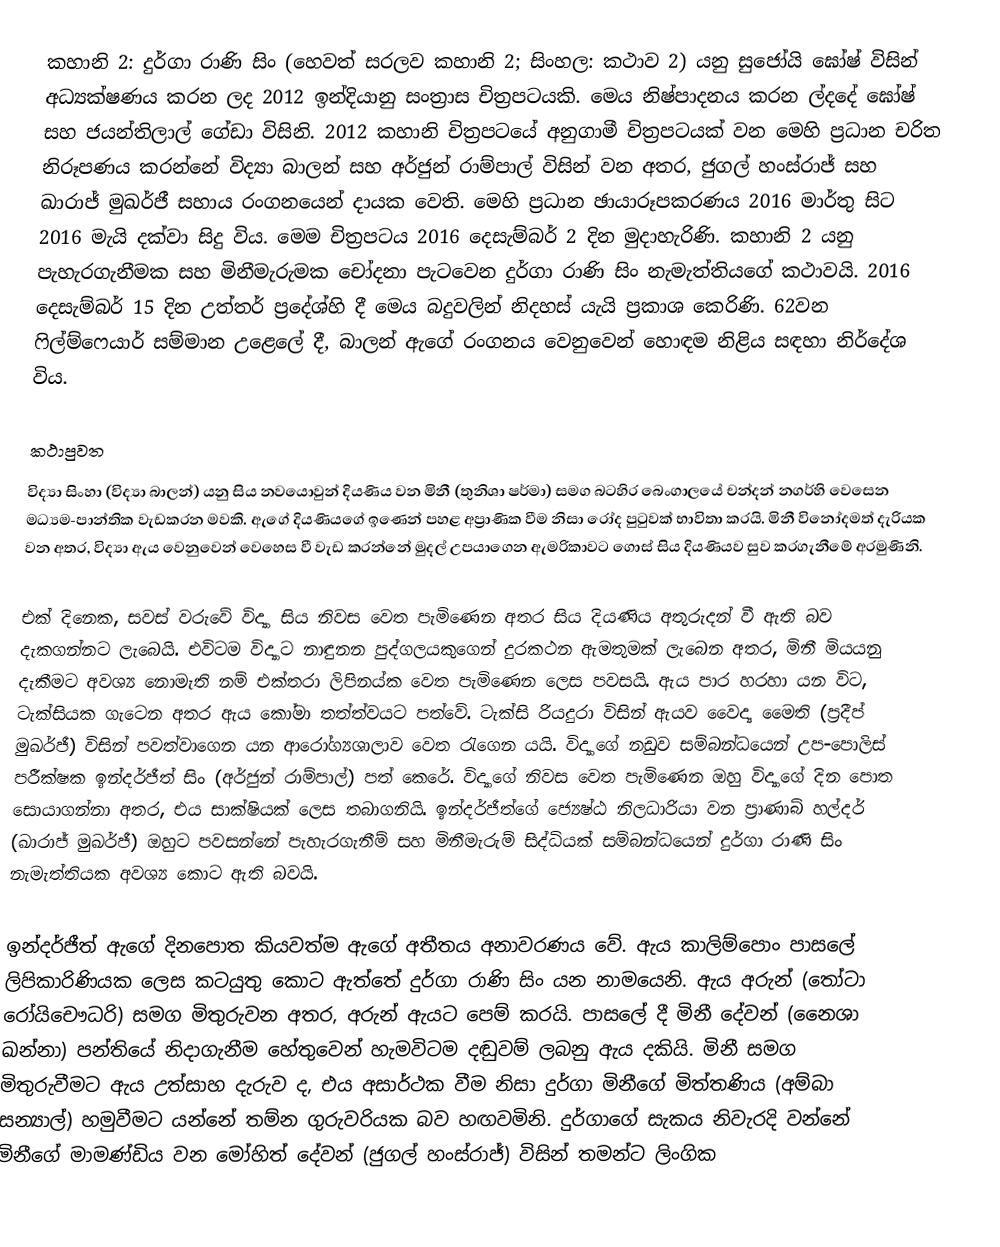
කහානි 2: දුර්ගා රාණි සිං (හෙවත් සරලව කහානි 2; සිංහල: කථාව 2) යනු සුජෝයි ඝෝෂ් විසින් අධ්‍යක්ෂණය කරන ලද 2012 ඉන්දියානු සංත්‍රාස චිත්‍රපටයකි. මෙය නිෂ්පාදනය කරන ල්දදේ ඝෝෂ් සහ ජයන්තිලාල් ගේඩා විසිනි. 2012 කහානි චිත්‍රපටයේ අනුගාමී චිත්‍රපටයක් වන මෙහි ප්‍රධාන චරිත නිරූපණය කරන්නේ විද්‍යා බාලන් සහ අර්ජුන් රාම්පාල් විසින් වන අතර, ජුගල් හංස්රාජ් සහ ඛාරාජ් මුඛර්ජී සහාය රංගනයෙන් දායක වෙති. මෙහි ප්‍රධාන ඡායාරූපකරණය 2016 මාර්තු සිට 2016 මැයි දක්වා සිදු විය. මෙම චිත්‍රපටය 2016 දෙසැම්බර් 2 දින මුදාහැරිණි. කහානි 2 යනු පැහැරගැනීමක සහ මිනීමැරුමක චෝදනා පැටවෙන දුර්ගා රාණි සිං නැමැත්තියගේ කථාවයි‍. 2016 දෙසැම්බර් 15 දින උත්තර් ප්‍රදේශ්හි දී මෙය බදුවලින් නිදහස් යැයි ප්‍රකාශ කෙරිණි. 62වන ෆිල්ම්ෆෙයාර් සම්මාන උළෙලේ දී, බාලන් ඇගේ රංගනය වෙනුවෙන් හොඳම නිළිය සඳහා නිර්දේශ විය.

කථාපුවත
විද්‍යා සිංහා (විද්‍යා බාලන්) යනු සිය නවයොවුන් දියණිය වන මිනී (තුනිශා ෂර්මා) සමග බටහිර බෙංගාලයේ චන්දන් නගර්හි වෙසෙන මධ්‍යම-පාන්තික වැඩකරන මවකි. ඇගේ දියණියගේ ඉණෙන් පහළ අප්‍රාණික වීම නිසා රෝද පුටුවක් භාවිතා කරයි. මිනී විනෝදමත් දැරියක වන අතර, විද්‍යා ඇය වෙනුවෙන් වෙහෙස වී වැඩ කරන්නේ මුදල් උපයාගෙන ඇමරිකාවට ගොස් සිය දියණියව සුව කරගැනීමේ අරමුණිනි.

එක් දිනෙක, සවස් වරුවේ විද්‍යා සිය නිවස වෙත පැමිණෙන අතර සිය දියණිය අතුරුදන් වී ඇති බව දැකගන්නට ලැබෙයි. එවිටම විද්‍යාට නාඳුනන පුද්ගලයකුගෙන් දුරකථන ඇමතුමක් ලැබෙන අතර, මිනී මියයනු දැකීමට අවශ්‍ය නොමැති නම් එක්තරා ලිපිනය්ක වෙත පැමිණෙන ලෙස පවසයි. ඇය පාර හරහා යන විට, ටැක්සියක ගැටෙන අතර ඇය කෝමා තත්ත්වයට පත්වේ. ටැක්සි රියදුරා විසින් ඇයව වෛද්‍ය මෛති (ප්‍රදීප් මුඛර්ජී) විසින් පවත්වාගෙන යන ආරෝග්‍යශාලාව වෙත රැගෙන යයි. විද්‍යාගේ නඩුව සම්බන්ධයෙන් උප-පොලිස් පරීක්ෂක ඉන්දර්ජීත් සිං (අර්ජුන් රාම්පාල්) පත් කෙරේ. විද්‍යාගේ නිවස වෙත පැමිණෙන ඔහු විද්‍යාගේ දින පොත සොයාගන්නා අතර, එය සාක්ෂියක් ලෙස තබාගනියි. ඉන්දර්ජීත්ගේ ජ්‍යෙෂ්ඨ නිලධාරියා වන ප්‍රාණාබ් හල්දර් (ඛාරාජ් මුඛර්ජී) ඔහුට පවසන්නේ පැහැරගැනීම් සහ මිනීමැරුම් සිද්ධියක් සම්බන්ධයෙන් දුර්ගා රාණි සිං නැමැත්තියක අවශ්‍ය කොට ඇති බවයි.

ඉන්දර්ජීත් ඇගේ දිනපොත කියවත්ම ඇගේ අතීතය අනාවරණය වේ. ඇය කාලිම්පොං පාසලේ ලිපිකාරිණියක ලෙස කටයුතු කොට ඇත්තේ දුර්ගා රාණි සිං යන නාමයෙනි. ඇය අරුන් (තෝටා රෝයිචෞධරි) සමග මිතුරුවන අතර, අරුන් ඇයට පෙම් කරයි. පාසලේ දී මිනී දේවන් (නෛශා ඛන්නා) පන්තියේ නිදාගැනීම හේතුවෙන් හැමවිටම දඬුවම් ලබනු ඇය දකියි. මිනී සමග මිතුරුවීමට ඇය උත්සාහ දැරුව ද, එය අසාර්ථක වීම නිසා දුර්ගා මිනී‍ගේ මිත්තණිය (අම්බා සන්‍යාල්) හමුවීමට යන්නේ තම්න ගුරුවරියක බව හඟවමිනි. දුර්ගාගේ සැකය නිවැරදි වන්නේ මිනීගේ මාමණ්ඩිය වන මෝහිත් දේවන් (ජුගල් හංස්රාජ්) විසින් තමන්ට ලිංගික